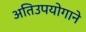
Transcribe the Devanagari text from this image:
अतिउपयोगाने